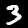
Digit: 3